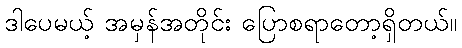
ဒါပေမယ့် အမှန်အတိုင်း ပြောစရာတော့ရှိတယ်။